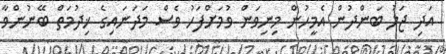
އަދި ޖަލު ބަންދުން އެމީހުން މިނިވަން ވުމަށްފަހު ވެސް މަދަނައިގެ ޚިދުމަތް ބޭނުންވާ